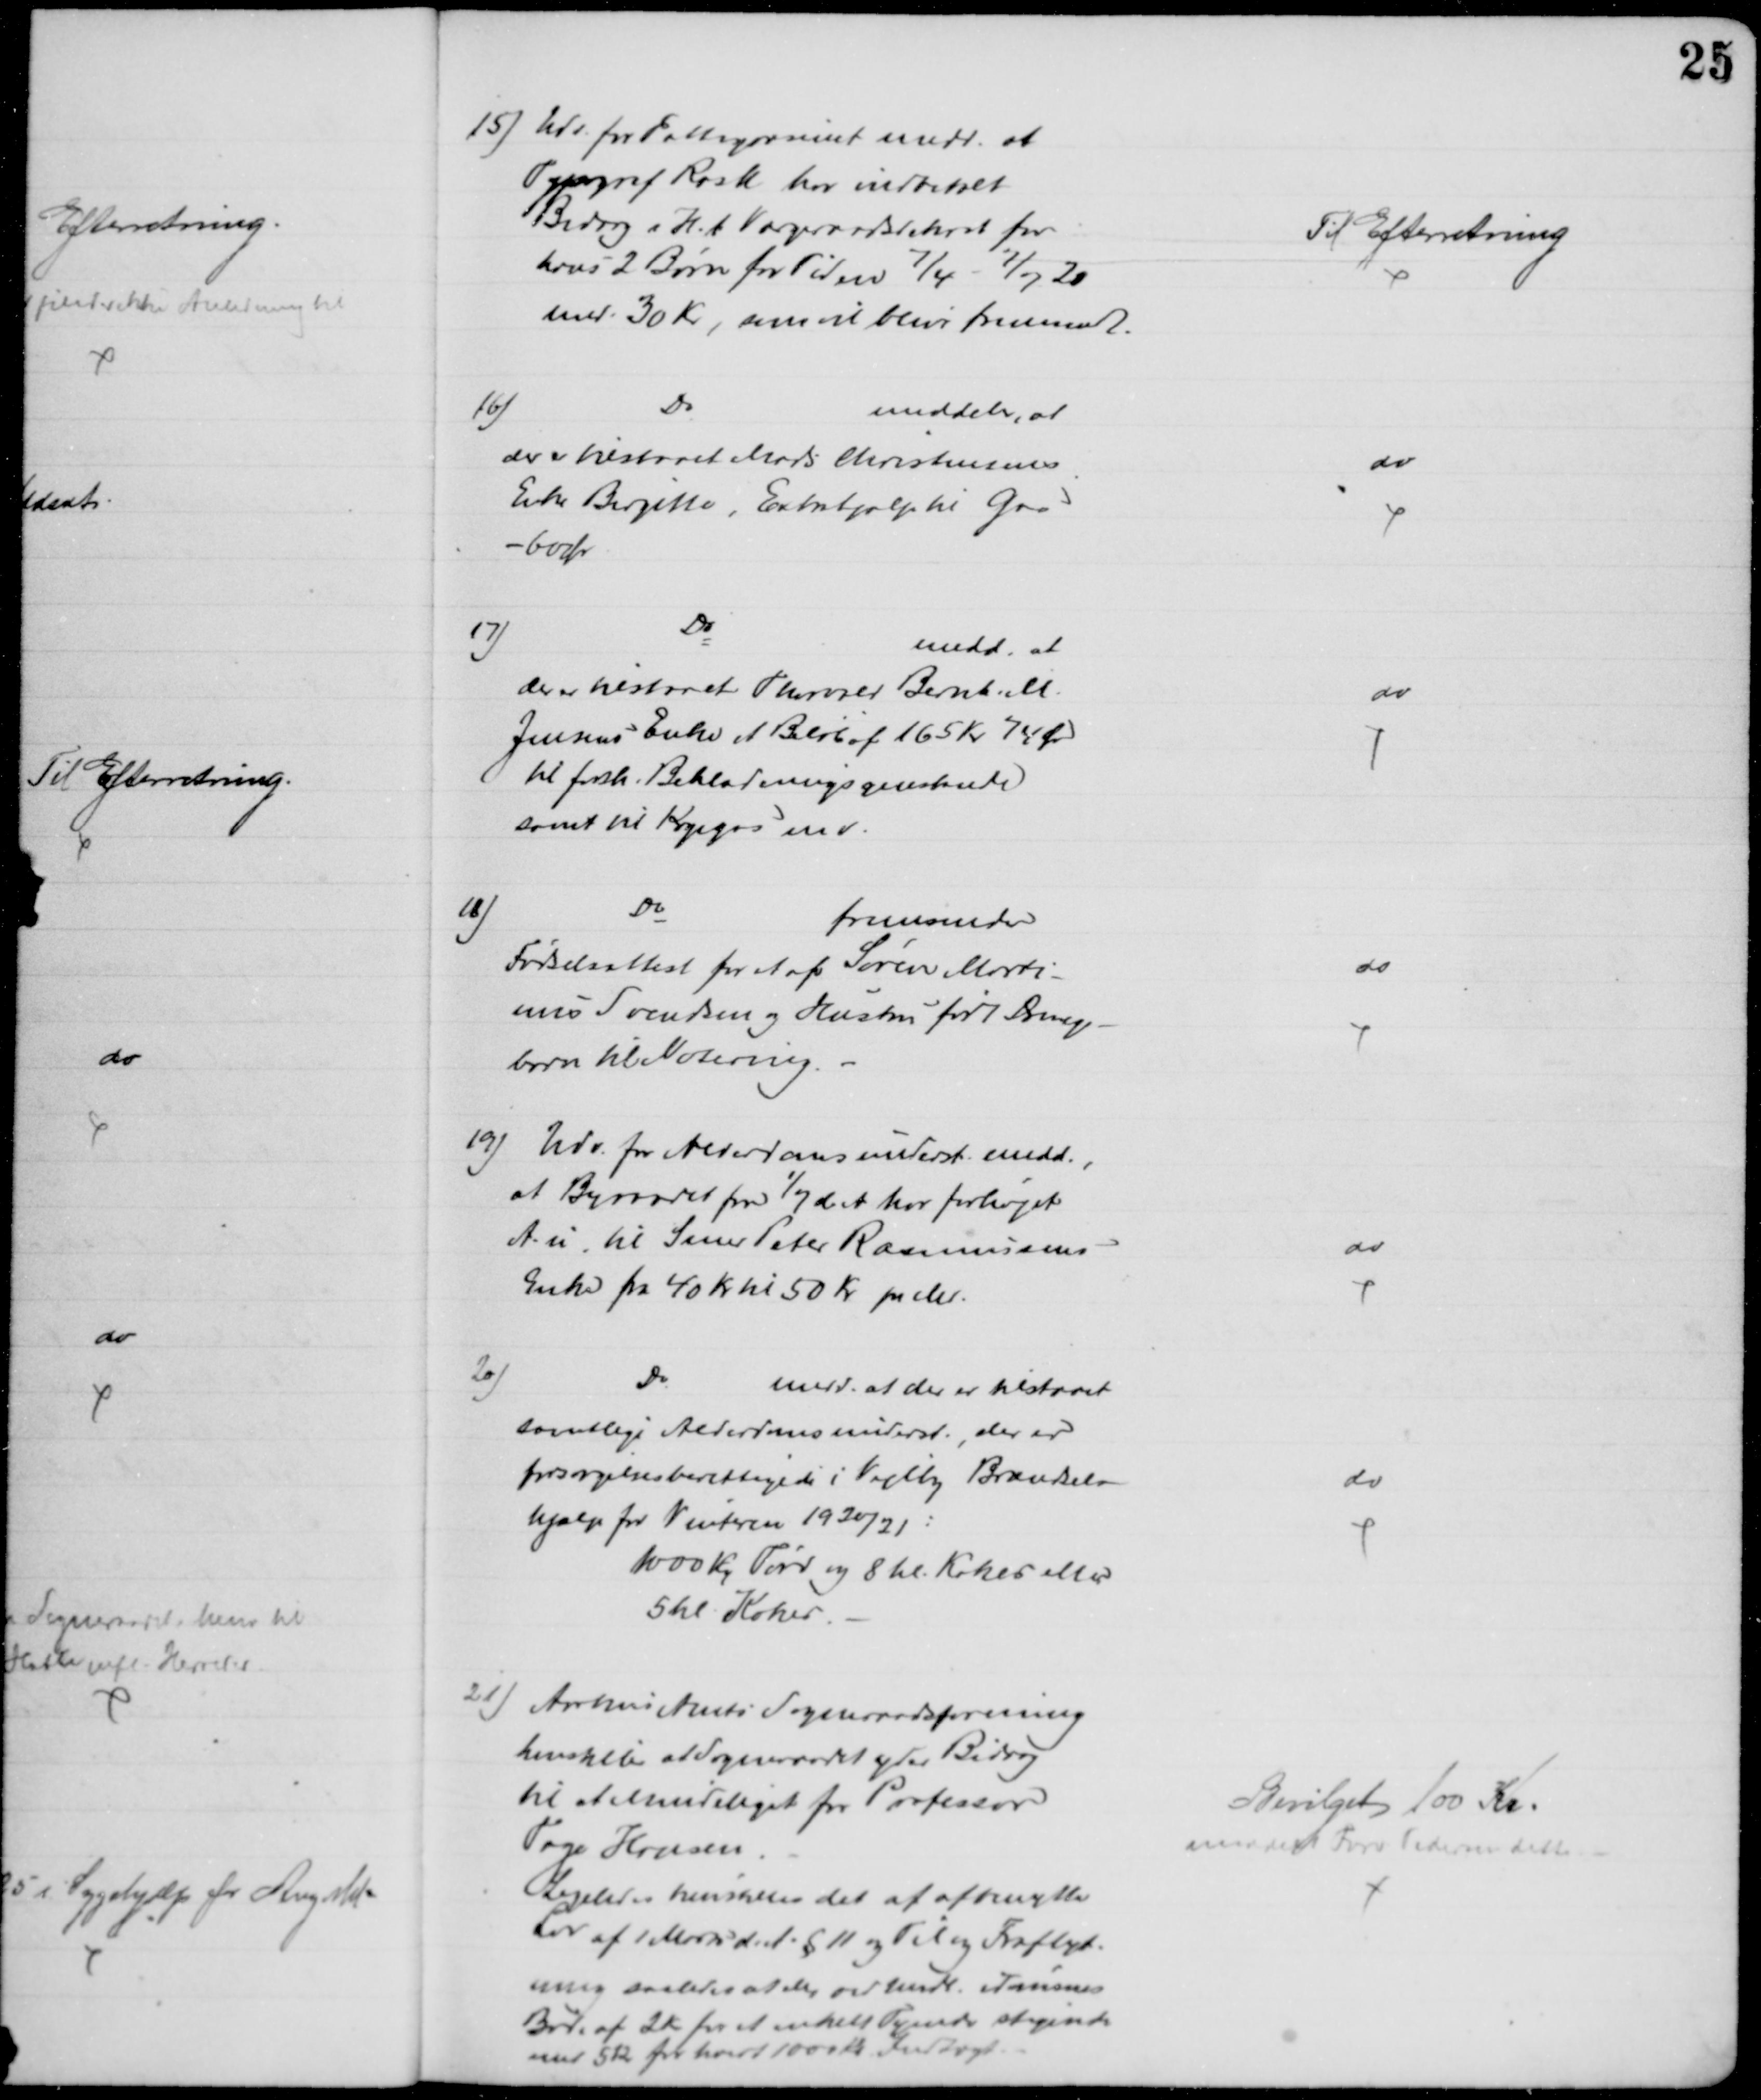
Transskription:
15) Udv. for Fattigvæsenet medd. at
Typograf Rask har indbetalt
Bidrag i H.t. Værgeraadsdekret for
hans 2 Børn for Tiden 7/4 - 7/7 20
med 30 Kr, som vil blive fremsendt.
Til Efterretning
16)
Do
meddeler, at
der er tilstaaet Mads Christensens
Enke Birgitte, Extrahjælp til Gas
- 60 Ør
do
17)
Do
medd. at
der er tilstaaet Thorvald Bernh. M.
Jensens Enke et Beløb af 165 Kr. 74 Ør
til forsk. Beklædningsgenstande
samt til Kogegas m v.
do
18)
Do
fremsender
Fødselsattest for et af Søren Marti-
nus Svendsen og Hustru født Drenge-
barn til Notering.
do
19) Udv. for Alderdomsunderst medd.,
at Byraadet fra 1/7 d. A. har forhøjet
A. u til Smed Peter Rasmussens
Enke fra 40 Kr til 50 Kr pr Md.
do
20)
Do
medd. at der er tilstaaet
samtlige Alderdomsunderst., der er
forsørgelsesberettigede i Vejlby Brændsels-
hjælp for Vinteren 1920/21:
1000 Kg Tørv og 8 hl. Kokes eller
5 hl. Kokes.
do
21) Aarhus Amts Sogneraadsforening
henstiller at Sogneraadet yder Bidrag
til et Mindelegat for Professor
Tage Hansen
Ligeledes henstilles det at afbenytte
Lov af 1 Marts d. A. § 11 og Til og Fraflyt-
ning saaledes at der ved mdl. 
Bod. af 2 Kr for et enkelt Tyende stigende
med 5 Kr for hvert 1000 Kr Indtægt.
Bevilget 100 Kr.
meddelt  Forv Pedersen dette